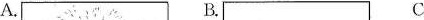
A. B. C.